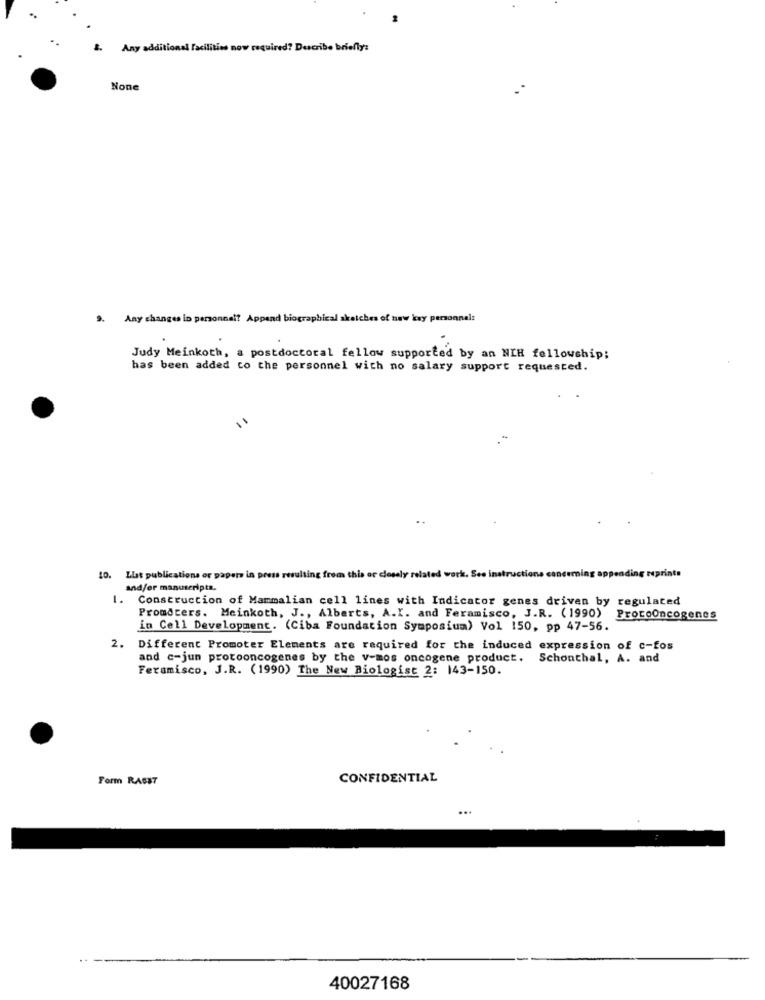
Any additional facilities now required? Describe briefly:
9. Any changes in personnal? Append biographical sketches of new key personnel:
Judy Meinkoth, a postdoctoral fellow supported by an NIH fellowship;
has been added to the personnel with no salary support requested.
10. Llat publications or papers in press resulting from this or closely related work. See instructions canduring appending reprints
and/or manuscripta.
1.
Construction of Mammalian cell lines with Indicator genes driven by regulated
Promoters. Meinkoth, J ., Alberts, A.I. and Feramisco, J.R. (1990)
ProtoOncogenes
in Cell Development. (Ciba Foundation Symposium) Vol 150, pp 47-56.
2. Different Promoter Elements are required for the induced expression of c-fos
and c-jun protooncogenes by the v-mos oncogene product. Schonthal, A. and
Feramisco, J.R. (1990) The New Biologist 2: 143-150.
Form RAGET
CONFIDENTIAL
...
40027168